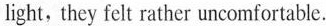
light, they felt rather uncomfortable.